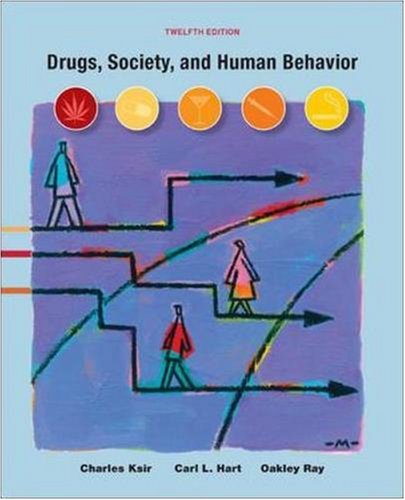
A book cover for Drugs, Society, and Human Behavior, 12th Edition; Charles Ksir; Health, Fitness & Dieting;